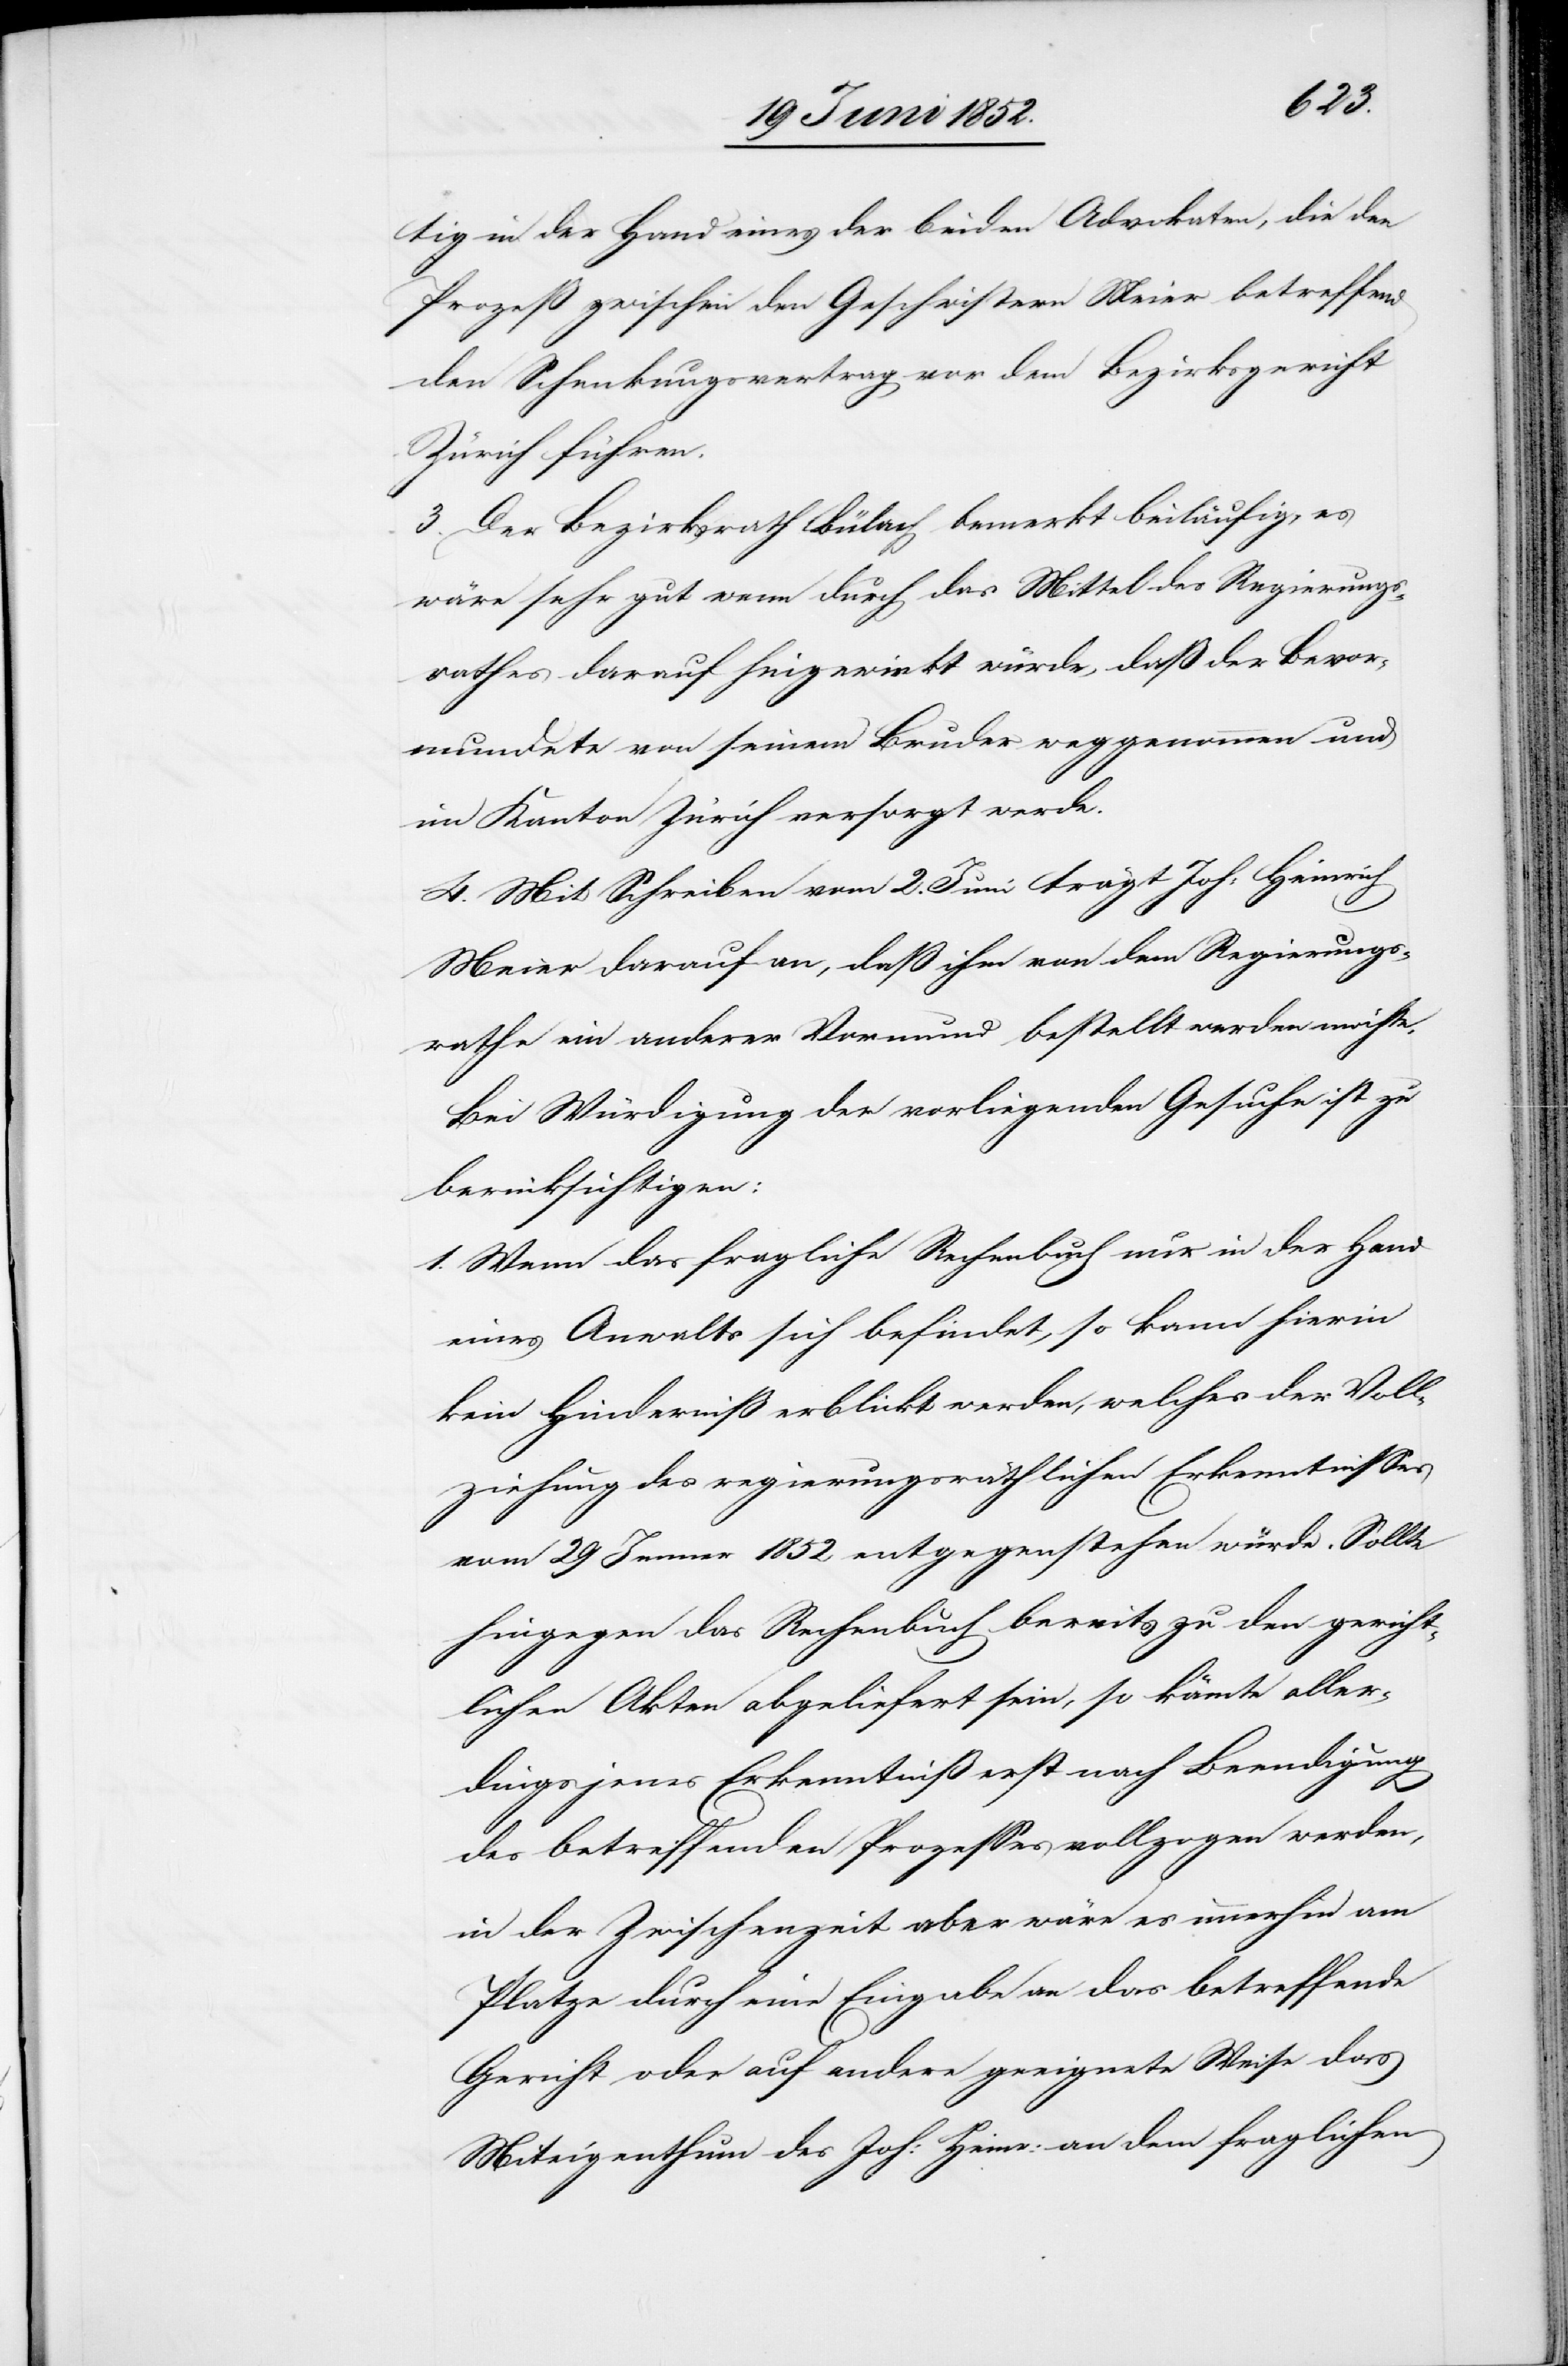
tig in der Hand eines der beiden Advokaten, die den
Prozeß zwischen den Geschwistern Meier betreffend
den Schenkungsvertrag vor dem Bezirksgericht
Zürich führen.
3. Der Bezirksrath Bülach bemerkt beiläufig, es
wäre sehr gut wenn durch das Mittel des Regierungs¬
rathes darauf hingewirkt würde, daß der Bevor¬
mundete von seinem Bruder weggenommen und
im Kanton Zürich versorgt werde.
4. Mit Schreiben vom 2. Juni trägt Joh: Heinrich
Meier darauf an, daß ihm von dem Regierungs¬
rathe ein anderer Vormund bestellt werden möchte.
Bei Würdigung der vorliegenden Gesuche ist zu
berücksichtigen:
1. Wenn das fragliche Rechenbuch nur in der Hand
eines Anwalts sich befindet, so kann hierin
kein Hinderniß erblickt werden, welches der Voll¬
ziehung des regierungsräthlichen Erkenntnisses
vom 29 Jenner 1852 entgegenstehen würde. Sollte
hingegen das Rechenbuch bereits zu den gericht¬
lichen Akten abgeliefert sein, so könnte aller¬
dings jenes Erkenntniß erst nach Beendigung
des betreffenden Prozesses vollzogen werden,
in der Zwischenzeit aber wäre es immerhin am
Platze durch eine Eingabe an das betreffende
Gericht oder auf andere geeignete Weise das
Miteigenthum des Joh: Heinr: an dem fraglichen